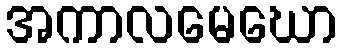
အကာလမေဃော